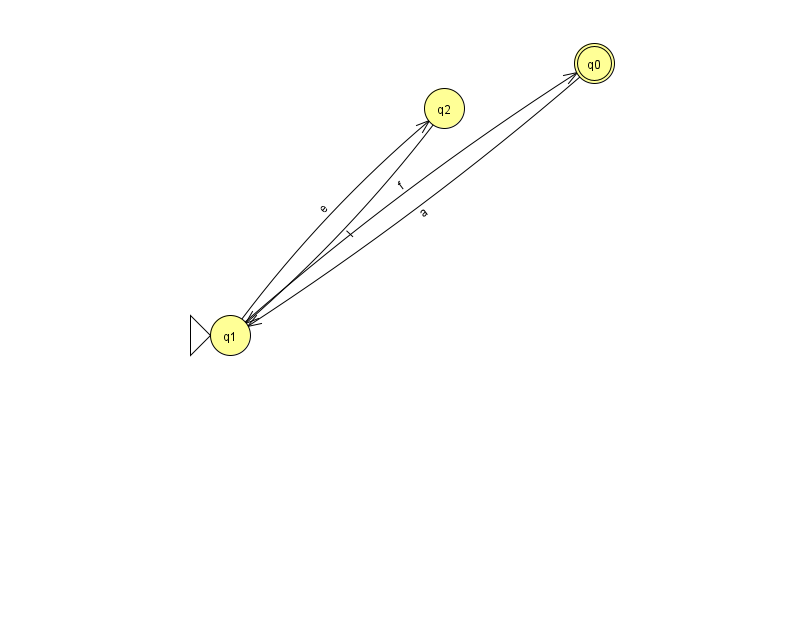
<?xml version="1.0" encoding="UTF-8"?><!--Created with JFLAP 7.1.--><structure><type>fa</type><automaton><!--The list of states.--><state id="0" name="q0"><x>594.0</x><y>50.0</y><final/></state><state id="1" name="q1"><x>230.0</x><y>322.0</y><initial/></state><state id="2" name="q2"><x>444.0</x><y>95.0</y></state><!--The list of transitions.--><transition><from>1</from><to>0</to><read>f</read></transition><transition><from>1</from><to>2</to><read>e</read></transition><transition><from>0</from><to>1</to><read>a</read></transition><transition><from>2</from><to>1</to><read>I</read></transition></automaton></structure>